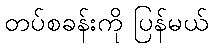
တပ်စခန်းကို ပြန်မယ်